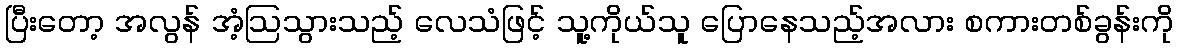
ပြီးတော့ အလွန် အံ့ဩသွားသည့် လေသံဖြင့် သူ့ကိုယ်သူ ပြောနေသည့်အလား စကားတစ်ခွန်းကို